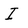
Character: I